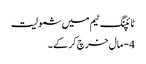
ٹائپنگ ٹیم میں شمولیت
4 - مال خرچ کر کے ۔